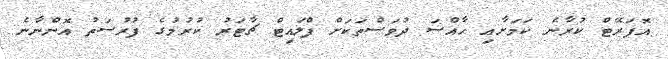
އޮޕަރޭޓް ކުރާނެ ކަމަށާއި ހާއްސަ ދުވަސްތަކަށް ފްލައިޓް ޗާޓަރު ކުރުމުގެ ފުރުސަތު އޮންނާނެ